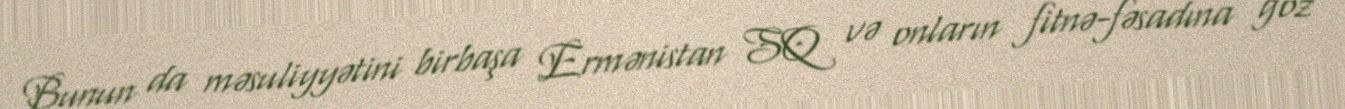
Bunun da məsuliyyətini birbaşa Ermənistan SQ və onların fitnə-fəsadına göz